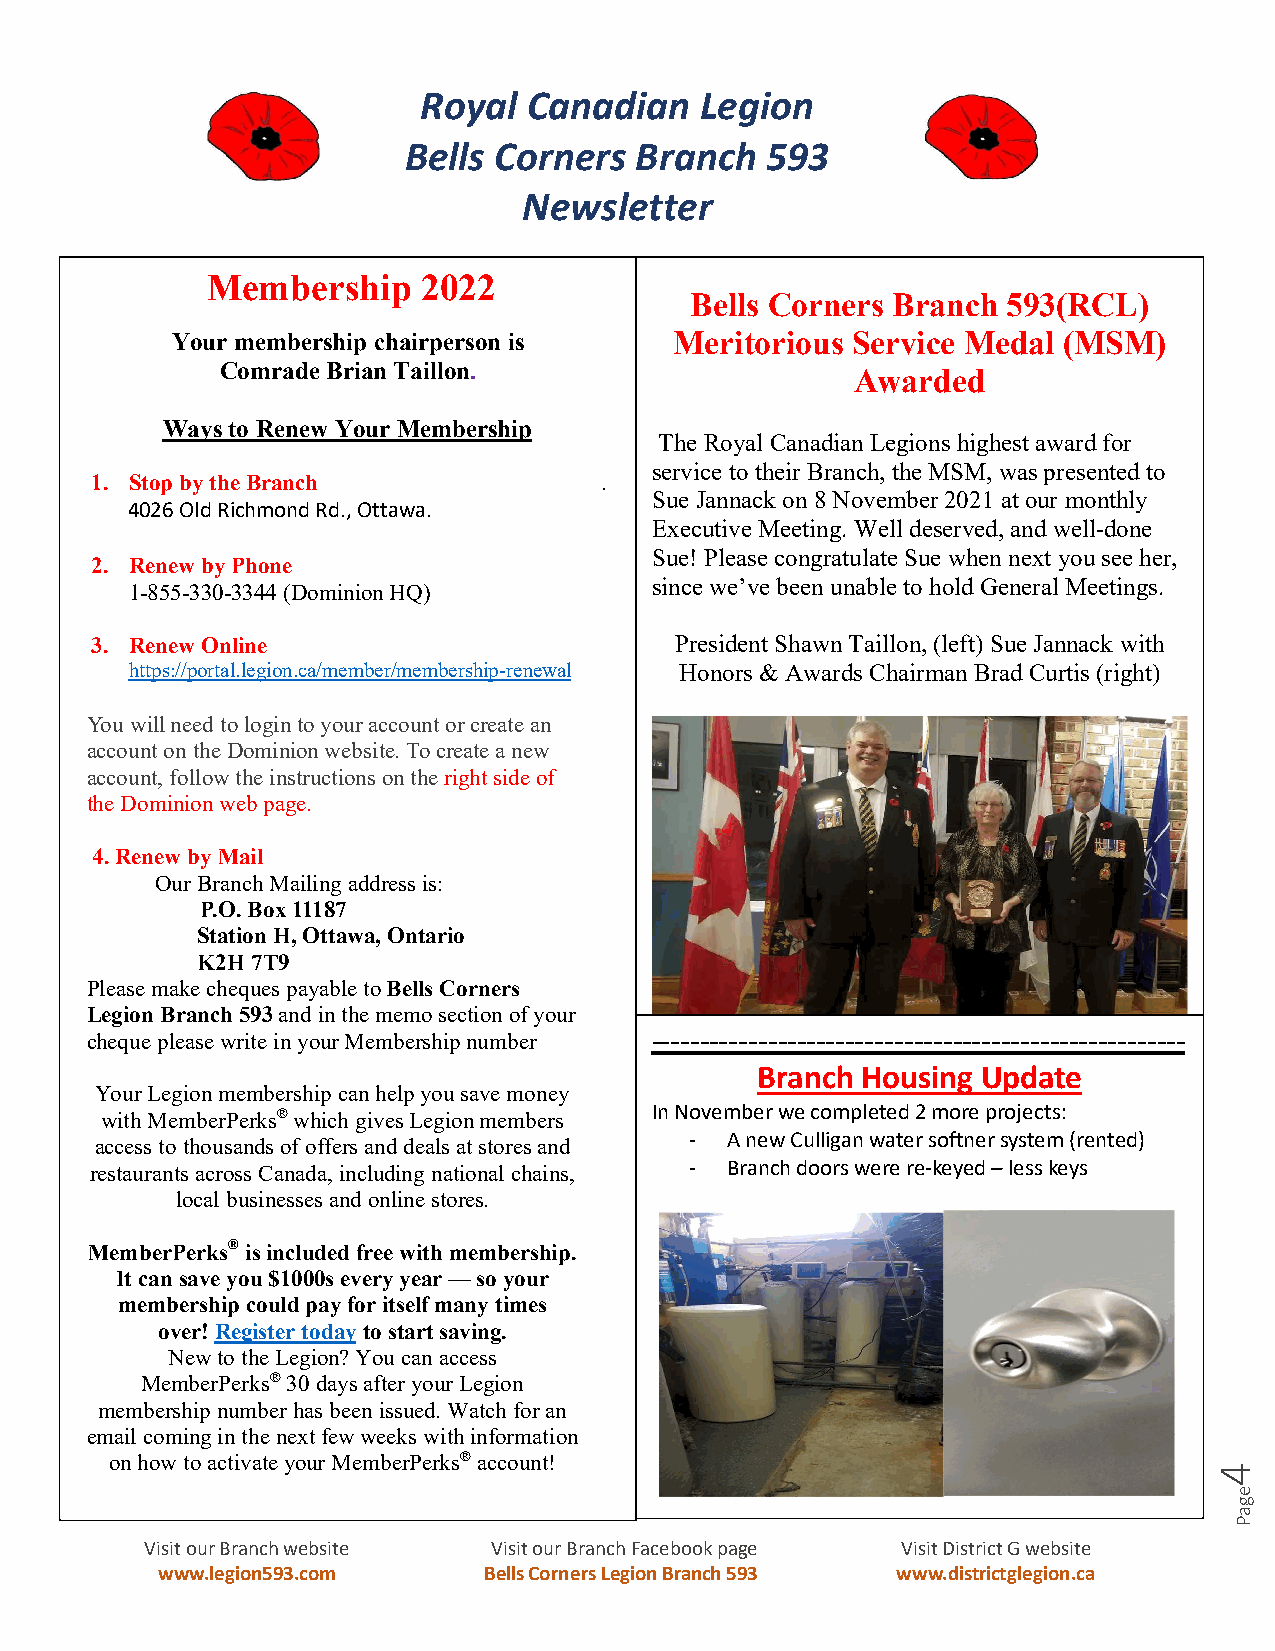
Royal  Canadian   Legion
 Bells Corners  Branch   593
 Newsletter
 Membership    2022
 Bells Corners Branch 593(RCL)
 Your membership chairperson is    Meritorious Service Medal (MSM)
 Comrade Brian Taillon.
 Awarded
 Ways to Renew Your Membership
 The Royal Canadian Legions highest award for
 service to their Branch, the MSM, was presented to
 1. Stop by the Branch             .
 Sue Jannack on 8 November 2021 at our monthly
 4026 Old Richmond Rd., Ottawa.
 Executive Meeting. Well deserved, and well-done
 2. Renew by Phone
 Sue! Please congratulate Sue when next you see her,
 since we’ve been unable to hold General Meetings.
 1-855-330-3344 (Dominion HQ)
 3. Renew Online                        President Shawn Taillon, (left) Sue Jannack with
 https://portal.legion.ca/member/membership-renewal Honors & Awards Chairman Brad Curtis (right)
 You will need to login to your account or create an
 account on the Dominion website. To create a new
 account, follow the instructions on the right side of
 the Dominion web page.
 4. Renew by Mail
 Our Branch Mailing address is:
 P.O. Box 11187
 Station H, Ottawa, Ontario
 K2H 7T9
 Please make cheques payable to Bells Corners
 Legion Branch 593 and in the memo section of your
 cheque please write in your Membership number -------------------------------------------------------
 Branch Hous ing Update
 Your Legion membership can help you save money
 In November we completed 2 more projects:
 with MemberPerks® which gives Legion members
 - A new Culligan water softner system (rented)
 access to thousands of offers and deals at stores and
 restaurants across Canada, including national chains,
 - Branch doors were re-keyed – less keys
 local businesses and online stores.
 MemberPerks® is included free with membership.
 It can save you $1000s every year — so your
 membership could pay for itself many times
 over! Register today to start saving.
 New to the Legion? You can access
 MemberPerks® 30 days after your Legion
 membership number has been issued. Watch for an
 email coming in the next few weeks with information
 on how to activate your MemberPerks® account!
 Visit our Branch website Visit our Branch Facebook page Visit District G website
 www.legion593.com     Bells Corners Legion Branch 593 www.districtglegion.ca
 4
 egaP